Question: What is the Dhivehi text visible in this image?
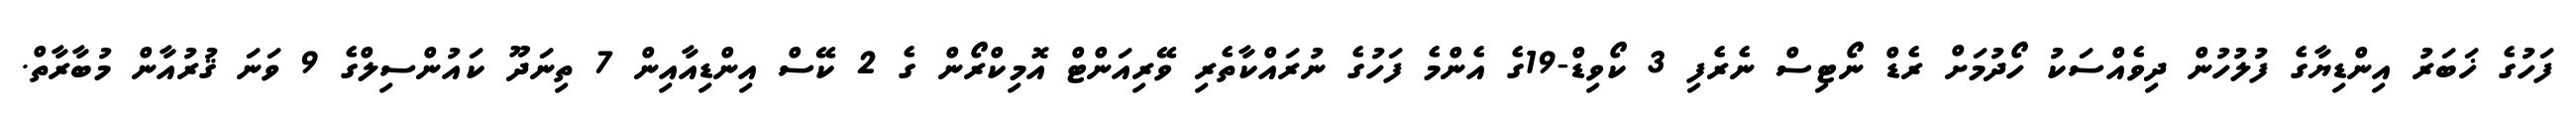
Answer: ފަހުގެ ޚަބަރު އިންޑިޔާގެ ފުލުހުން ދިވެއްސަކު ހޯދުމަށް ރެޑް ނޯޓިސް ނެރެފި 3 ކޯވިޑް-19ގެ އެންމެ ފަހުގެ ނުރައްކާތެރި ވޭރިއަންޓް އޮމިކްރޯން ގެ 2 ކޭސް އިންޑިއާއިން 7 ތިނަދޫ ކައުންސިލްގެ 9 ވަނަ ޤުރުއާން މުބާރާތް.